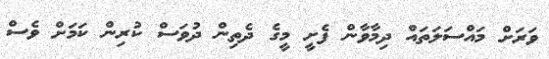
ވަރަށް މައްސަލަތައް ދިމާވާން ފެށީ މީގެ ދެތިން ދުވަސް ކުރިން ކަމަށް ވެސް